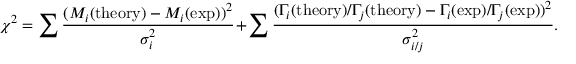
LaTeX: \chi ^ { 2 } = \sum \frac { ( M _ { i } ( \mathrm { t h e o r y } ) - M _ { i } ( \mathrm { e x p } ) ) ^ { 2 } } { \sigma _ { i } ^ { 2 } } + \sum \frac { ( \Gamma _ { i } ( \mathrm { t h e o r y } ) / \Gamma _ { j } ( \mathrm { t h e o r y } ) - \Gamma _ { i } ( \mathrm { e x p } ) / \Gamma _ { j } ( \mathrm { e x p } ) ) ^ { 2 } } { \sigma _ { i / j } ^ { 2 } } .